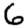
Digit: 6